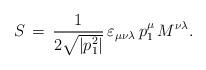
LaTeX: \begin{align*}S\,=\,\frac{1}{2\sqrt{|p_1^2|}}\,\varepsilon_{\mu \nu\lambda}\,p_1^{\mu}\,M^{\nu \lambda}.\end{align*}